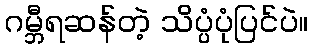
ဂမ္ဘီရဆန်တဲ့ သိပ္ပံပုံပြင်ပဲ။